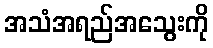
အသံအရည်အသွေးကို